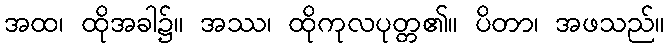
အထ၊ ထိုအခါ၌။ အဿ၊ ထိုကုလပုတ္တ၏။ ပိတာ၊ အဖသည်။